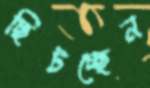
ছিটচ্ছেন